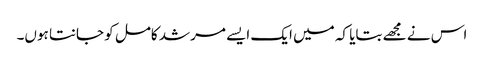
اس نے مجھے بتایا کہ میں ایک ایسے مرشد کامل کو جانتا ہوں۔